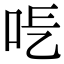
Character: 𠰆